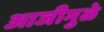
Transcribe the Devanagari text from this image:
आजीमुळे